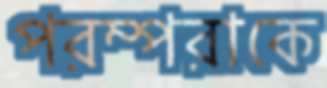
পরম্পরাকে